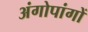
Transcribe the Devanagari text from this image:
अंगोपांगों